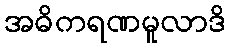
အဓိကရဏမူလာဒိ